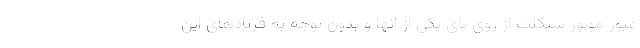
عبور موتور سیکلت از روی پای یکی از آنها و بدون توجه به فریادهای این